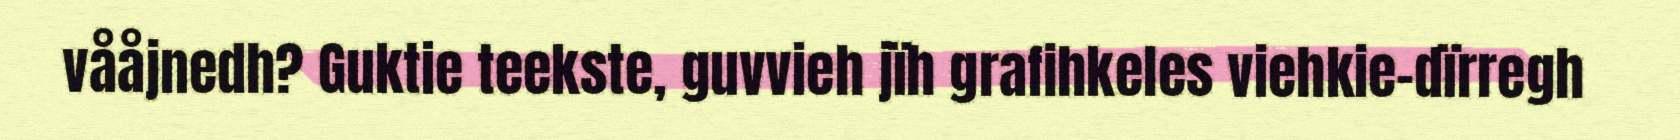
vååjnedh? Guktie teekste, guvvieh jïh grafihkeles viehkie-dïrregh